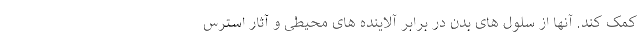
کمک کند. آنها از سلول های بدن در برابر آلاینده های محیطی و آثار استرس